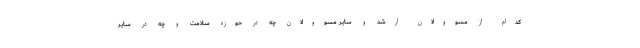
کدام از مسوولان ارشد و سایر مسوولان چه در حوزه سلامت و چه در سایر